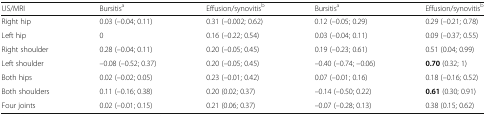
| US/MRI | Bursitisa | Effusion/synovitisb | Bursitisa | Effusion/synovitisb |
 | --- | --- | --- | --- | --- |
 | Right hip | 0.03 (–0.04; 0.11) | 0.31 (–0.002; 0.62) | 0.12 (–0.05; 0.29) | 0.29 (–0.21; 0.78) |
 | Left hip | 0 | 0.16 (–0.22; 0.54) | 0.03 (–0.04; 0.11) | 0.09 (–0.37; 0.55) |
 | Right shoulder | 0.28 (–0.04; 0.11) | 0.20 (–0.05; 0.45) | 0.19 (–0.23; 0.61) | 0.51 (0.04; 0.99) |
 | Left shoulder | –0.08 (–0.52; 0.37) | 0.20 (–0.05; 0.45) | –0.40 (–0.74; –0.06) | 0.70 (0.32; 1) |
 | Both hips | 0.02 (–0.02; 0.05) | 0.23 (–0.01; 0.42) | 0.07 (–0.01; 0.16) | 0.18 (–0.16; 0.52) |
 | Both shoulders | 0.11 (–0.16; 0.38) | 0.20 (0.02; 0.37) | –0.14 (–0.50; 0.22) | 0.61 (0.30; 0.91) |
 | Four joints | 0.02 (–0.01; 0.15) | 0.21 (0.06; 0.37) | –0.07 (–0.28; 0.13) | 0.38 (0.15; 0.62) |